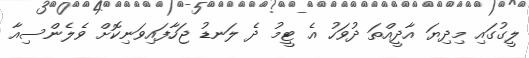
ލީގުގައި މިދިޔަ އާދީއްތަ ދުވަހު އެ ޓީމު ދެ ލަނޑު ޖަހާފައިވަނިކޮށް ވެލެންސިއާ